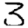
Digit: 3